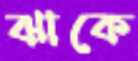
ঝাকে